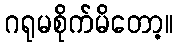
ဂရုမစိုက်မိတော့။